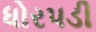
ધોરપડી